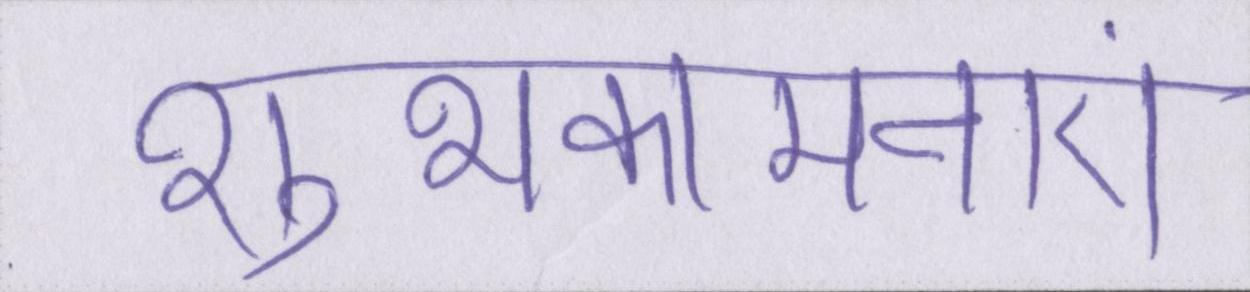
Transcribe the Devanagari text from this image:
शुभकामनाएं